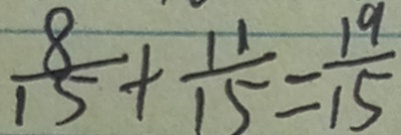
\frac { 8 } { 1 5 } + \frac { 1 1 } { 1 5 } = \frac { 1 9 } { 1 5 }